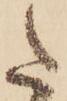
た